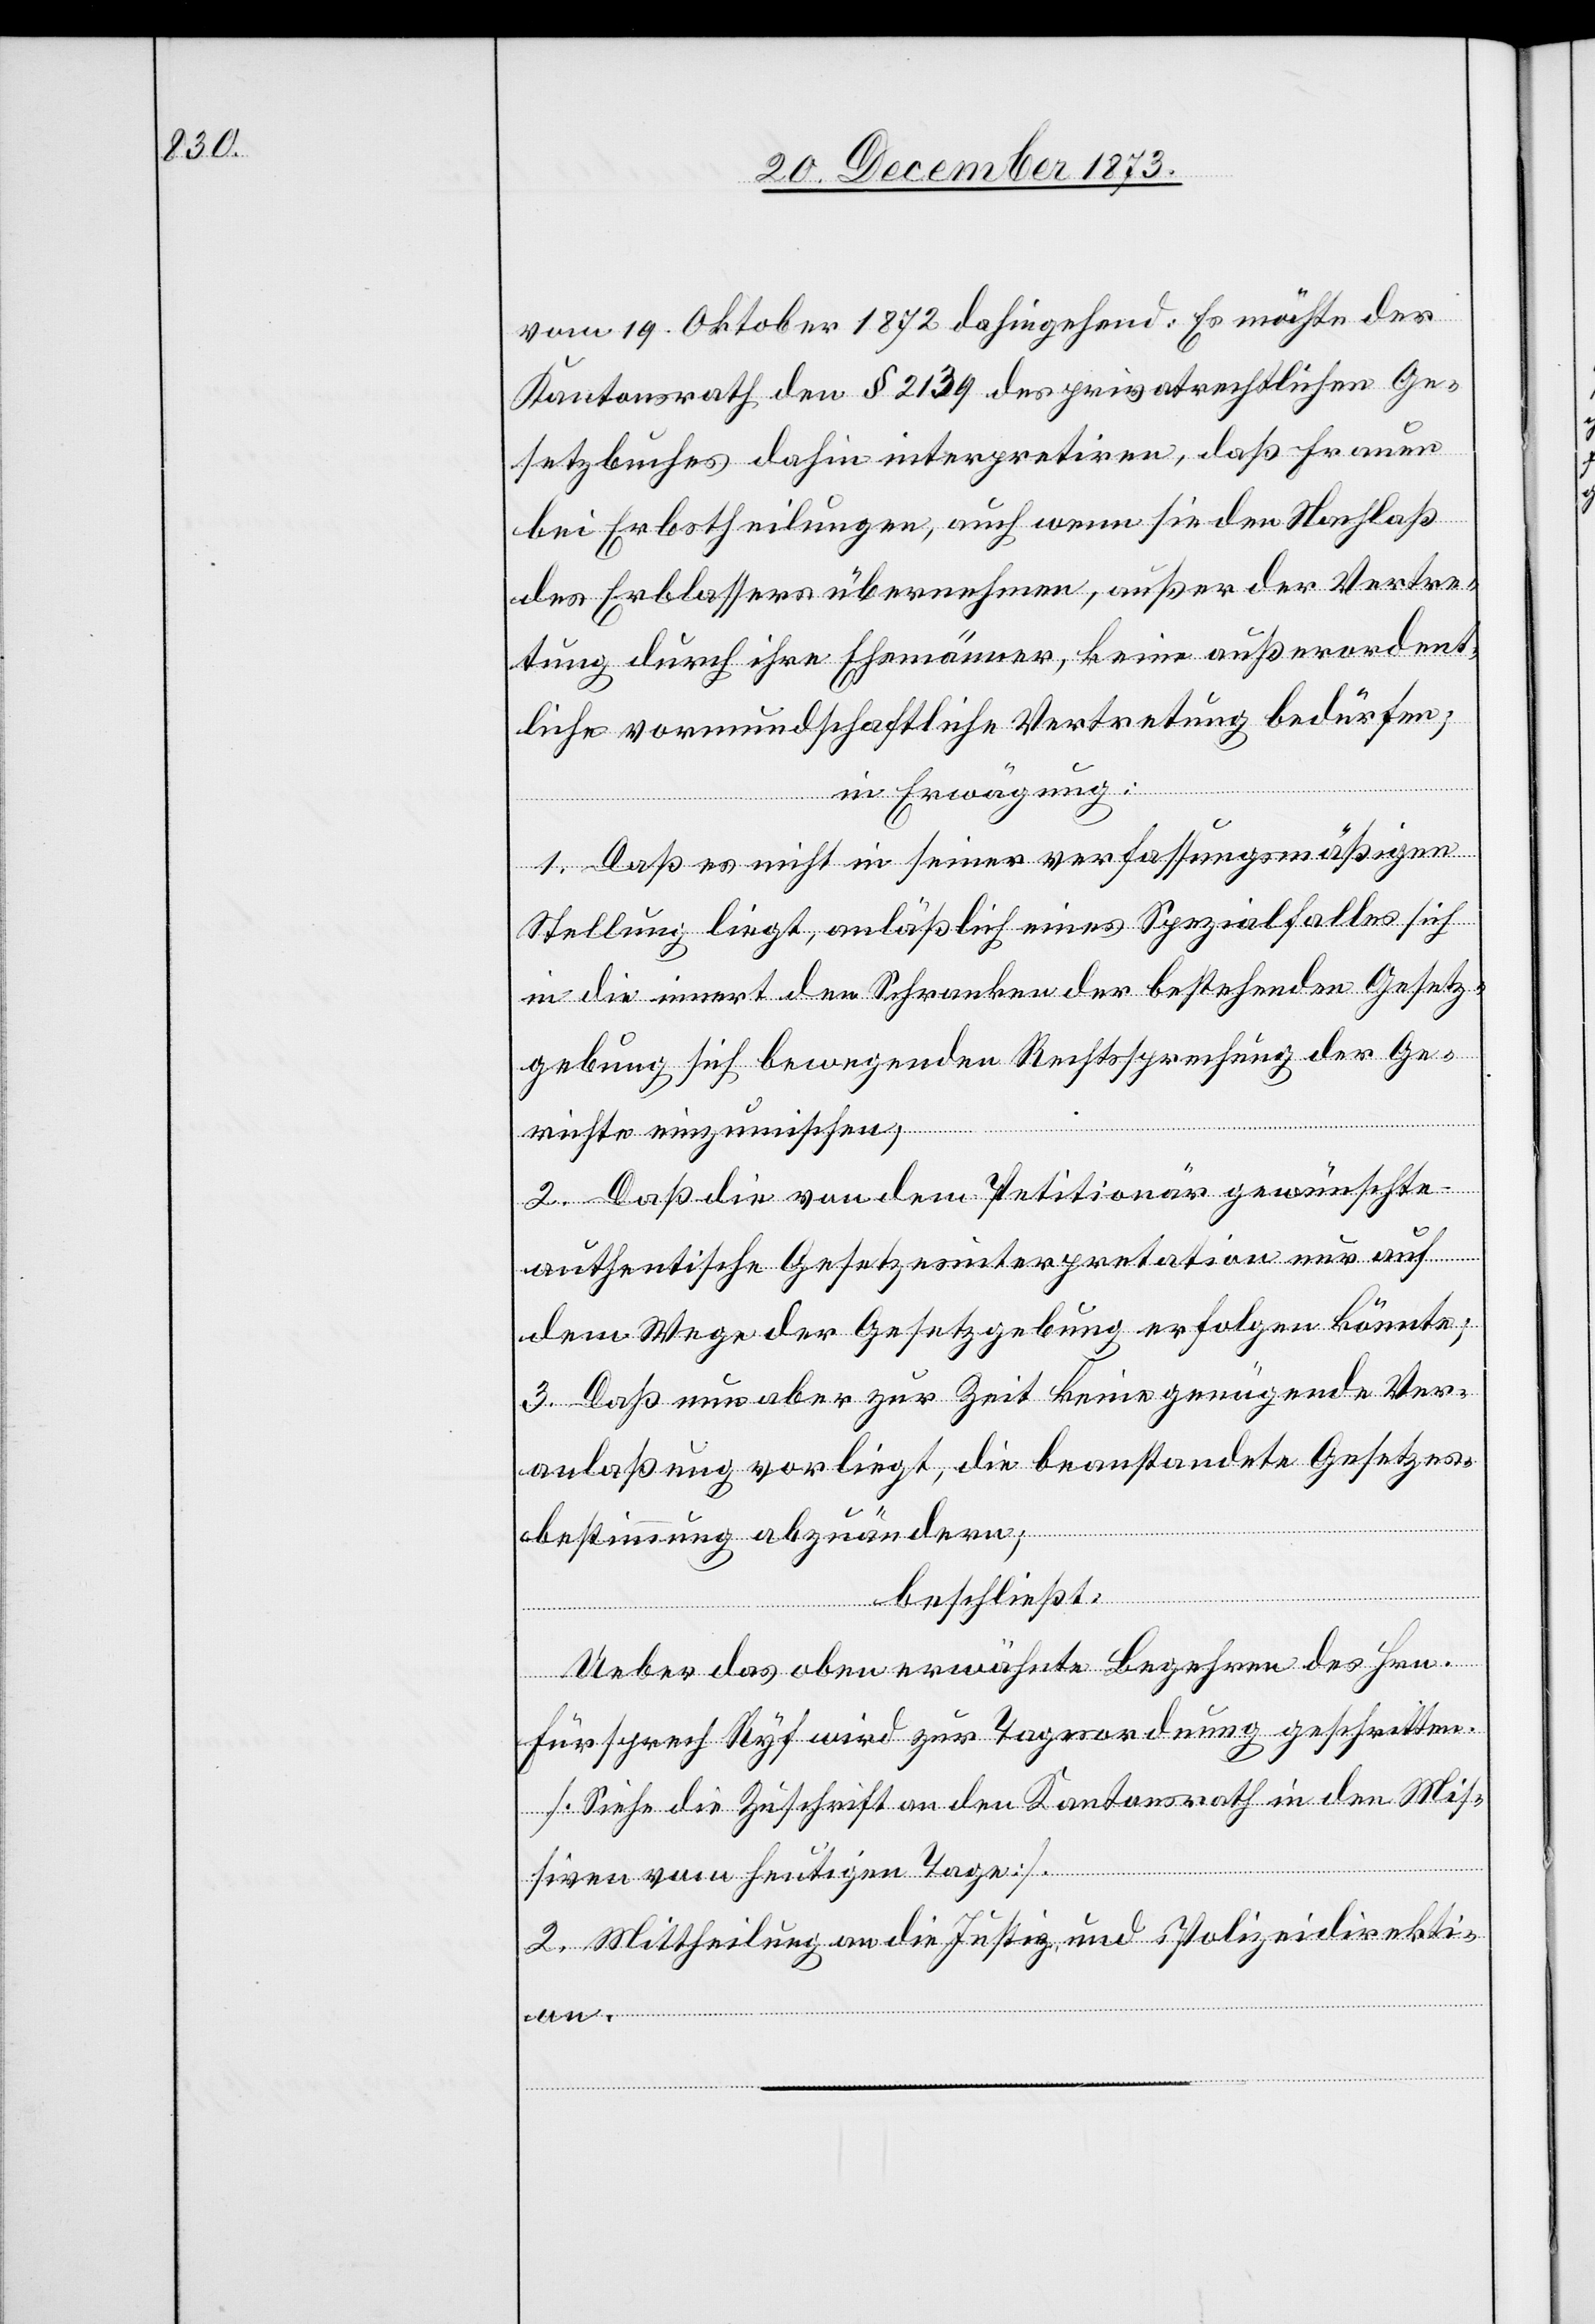
vom 19. Oktober 1872 dahingehend: Es möchte der
Kantonsrath den § 2139 des privatrechtlichen Ge¬
setzbuches dahin interpretiren, daß Frauen
bei Erbstheilungen, auch wenn sie den Nachlaß
des Erblassers übernehmen, außer der Vertre¬
tung durch ihre Ehemänner, keine außerordent¬
liche vormundschaftliche Vertretung bedürfen;
in Erwägung:
1. Daß es nicht in seiner verfassungsmäßigen
Stellung liegt, anläßlich eines Spezialfalles sich
in die innert den Schranken der bestehenden Gesetz¬
gebung sich bewegenden Rechtssprechung der Ge¬
richte einzumischen,
2. Daß die von dem Petitionär gewünschte
authentische Gesetzesinterpretation nur auf
dem Wege der Gesetzgebung erfolgen könnte;
3. Daß nun aber zur Zeit keine genügende Ver¬
anlaßung vorliegt, die beanstandete Gesetzes¬
bestimmung abzuändern;
beschließt:
Ueber das oben erwähnte Begehren des Hrn.
Fürsprech Ryf wird zur Tagesordnung geschritten.
[Siehe die Zuschrift an den Kantonsrath in den Mis¬
siven vom heutigen Tage].
2. Mittheilung an die Justiz- und Polizeidirekti¬
on.